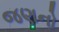
જણનો